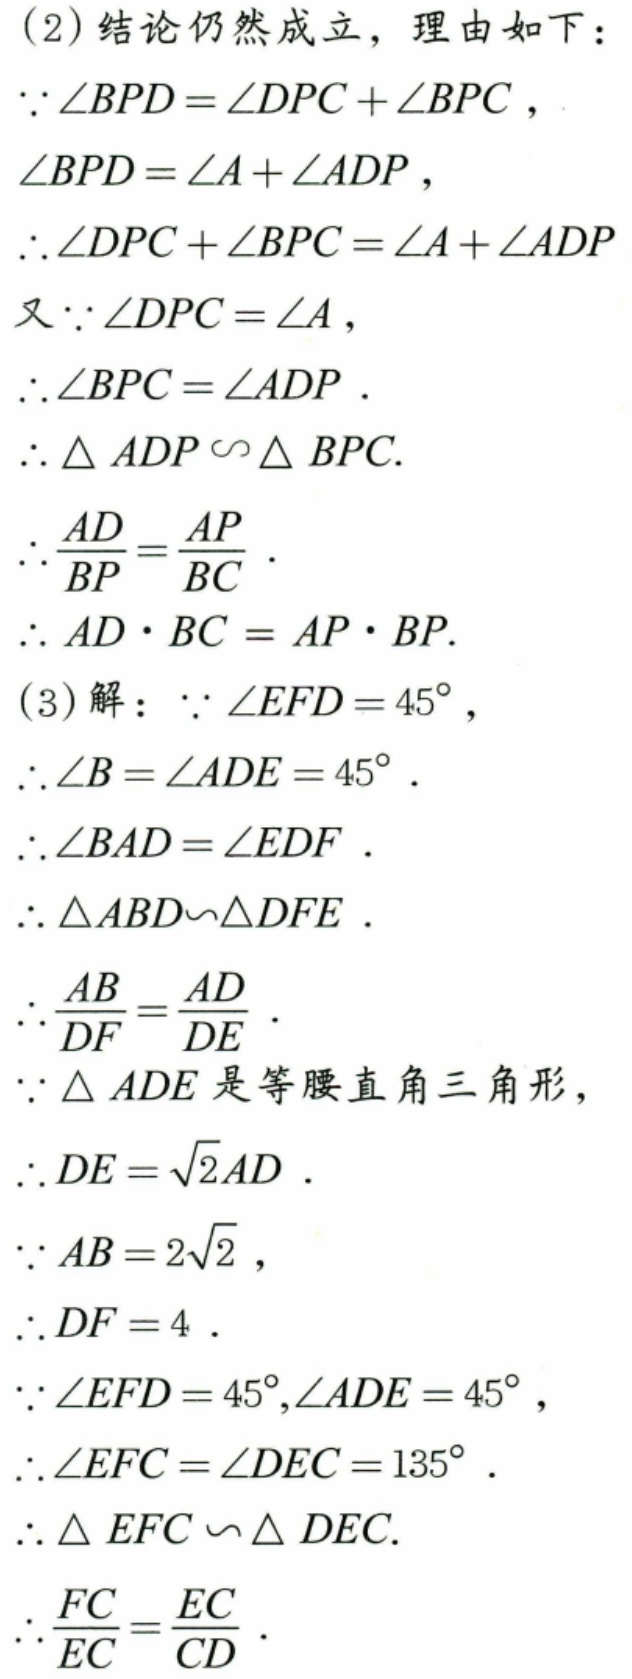
(2)结论仍然成立，理由如下：
\(\because\angle BPD=\angle DPC+\angle BPC\)，
\(\angle BPD=\angle A+\angle ADP\)，
\(\therefore\angle DPC+\angle BPC=\angle A+\angle ADP\)
又\(\because\angle DPC = \angle A\)，
\(\therefore\angle BPC=\angle ADP\).
\(\therefore\triangle ADP\sim\triangle BPC\).
\(\therefore\frac{AD}{BP}=\frac{AP}{BC}\).
\(\therefore AD\cdot BC = AP\cdot BP\).
(3)解：\(\because\angle EFD = 45^{\circ}\)，
\(\therefore\angle B=\angle ADE = 45^{\circ}\).
\(\therefore\angle BAD=\angle EDF\).
\(\therefore\triangle ABD\sim\triangle DFE\).
\(\therefore\frac{AB}{DF}=\frac{AD}{DE}\).
\(\because\triangle ADE\)是等腰直角三角形，
\(\therefore DE=\sqrt{2}AD\).
\(\because AB = 2\sqrt{2}\)，
\(\therefore DF = 4\).
\(\because\angle EFD = 45^{\circ},\angle ADE = 45^{\circ}\)，
\(\therefore\angle EFC=\angle DEC = 135^{\circ}\).
\(\therefore\triangle EFC\sim\triangle DEC\).
\(\therefore\frac{FC}{EC}=\frac{EC}{CD}\).